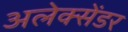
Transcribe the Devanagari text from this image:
अलेक्सेंडर